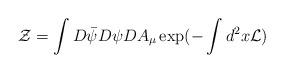
LaTeX: \begin{align*}{\cal Z} = \int D\bar \psi D \psi DA_\mu \exp (- \int d^2x {\cal L})\end{align*}